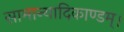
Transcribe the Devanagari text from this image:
सामान्यादिकाण्डम्।